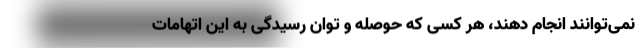
نمی‌توانند انجام دهند، هر کسی که حوصله و توان رسیدگی به این اتهامات